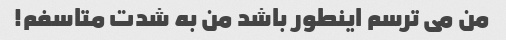
من می ترسم اینطور باشد من به شدت متاسفم!